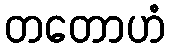
တတောဟံ